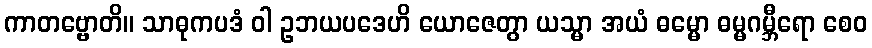
ကာတဗ္ဗောတိ။ သာဓုကပဒံ ဝါ ဥဘယပဒေဟိ ယောဇေတွာ ယသ္မာ အယံ ဓမ္မော ဓမ္မဂမ္ဘီရော စေဝ